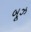
બૂઝ